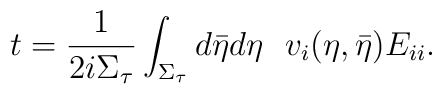
t=\frac{1}{2i\Sigma_{\tau}}\int_{\Sigma_{\tau}}d\bar{\eta} d\eta~~v_i(\eta,\bar{\eta})E_{ii}.